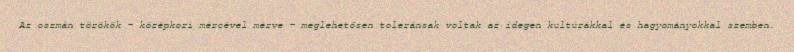
Az oszmán törökök – középkori mércével mérve – meglehetősen toleránsak voltak az idegen kultúrákkal és hagyományokkal szemben.